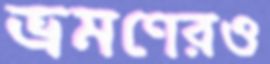
ভ্রমণেরও